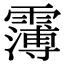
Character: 𩅿